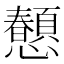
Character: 𢥤